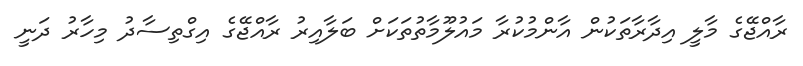
ރާއްޖޭގެ މާލީ އިދާރާތަކުން އާންމުކުރާ މައުލޫމާތުތަކަށް ބަލާއިރު ރާއްޖޭގެ އިގްތިސާދު މިހާރު ދަނީ